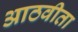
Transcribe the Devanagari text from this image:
आठवीता